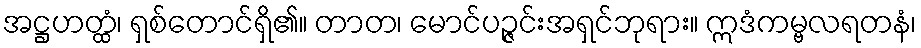
အဋ္ဌဟတ္ထံ၊ ရှစ်တောင်ရှိ၏။ တာတ၊ မောင်ပဉ္ဇင်းအရှင်ဘုရား။ ဣဒံကမ္ဗလရတနံ၊